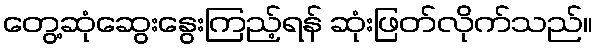
တွေ့ဆုံဆွေးနွေးကြည့်ရန် ဆုံးဖြတ်လိုက်သည်။